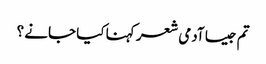
تم جیسا آدمی شعر کہنا کیا جانے ؟